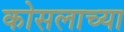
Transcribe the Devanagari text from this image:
कोसलाच्या